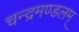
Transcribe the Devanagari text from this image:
चन्द्रमण्डलम्